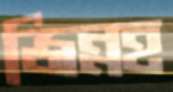
জিন্নহ